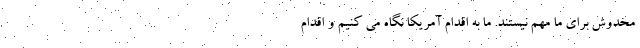
مخدوش برای ما مهم نیستند. ما به اقدام آمریکا نگاه می کنیم و اقدام